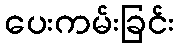
ပေးကမ်းခြင်း